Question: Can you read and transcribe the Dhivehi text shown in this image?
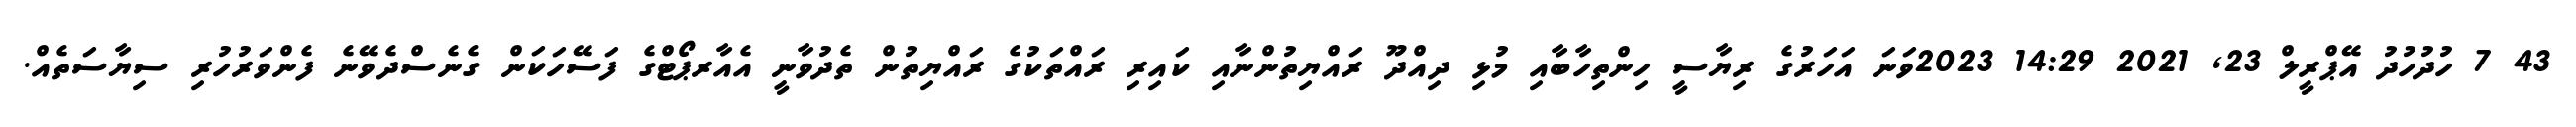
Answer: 43 7 ހުދުހުދު އޭޕްރީލް 23, 2021 14:29 2023ވަނަ އަހަރުގެ ރިޔާސީ ހިންތިހާބާއި މުޅި ދިއްދޫ ރައްޔިތުންނާއި ކައިރި ރައްތަކުގެ ރައްޔިތުން ތެދުވާނީ އެއާރޕޯޓްގެ ފަސޭހަކަން ގެނެސްދެވޭނެ ފެންވަރުހުރި ސިޔާސަތެއް.